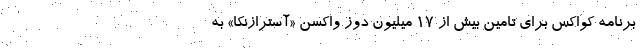
برنامه کواکس برای تامین بیش از ۱۷ میلیون دوز واکسن «آسترازنکا» به